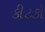
કીટકો